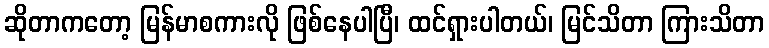
ဆိုတာကတော့ မြန်မာစကားလို ဖြစ်နေပါပြီ၊ ထင်ရှားပါတယ်၊ မြင်သိတာ ကြားသိတာ